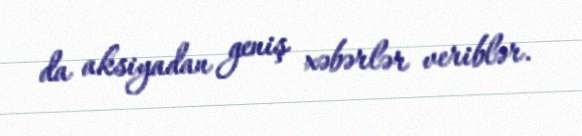
da aksiyadan geniş xəbərlər veriblər.